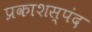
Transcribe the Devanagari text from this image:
प्रकाशस्पंद